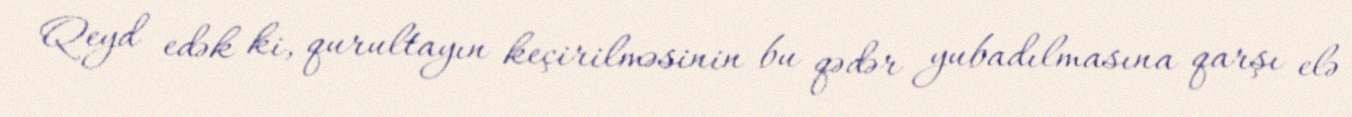
Qeyd edək ki, qurultayın keçirilməsinin bu qədər yubadılmasına qarşı elə